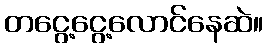
တငွေ့ငွေ့လောင်နေဆဲ။